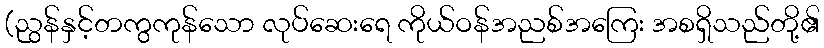
(ညွန်နှင့်တကွကုန်သော လုပ်ဆေးရေ ကိုယ်ဝန်အညစ်အကြေး အစရှိသည်တို့၏